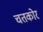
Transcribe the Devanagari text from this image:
चतकोर